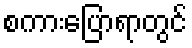
စကားပြောရာတွင်